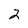
Character: 2